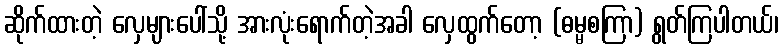
ဆိုက်ထားတဲ့ လှေများပေါ်သို့ အားလုံးရောက်တဲ့အခါ လှေထွက်တော့ (ဓမ္မစကြာ) ရွတ်ကြပါတယ်၊